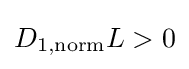
D_{1,\mathrm {norm} }L>0